Jaan_Tonisson_(Lasteleht), lk 118
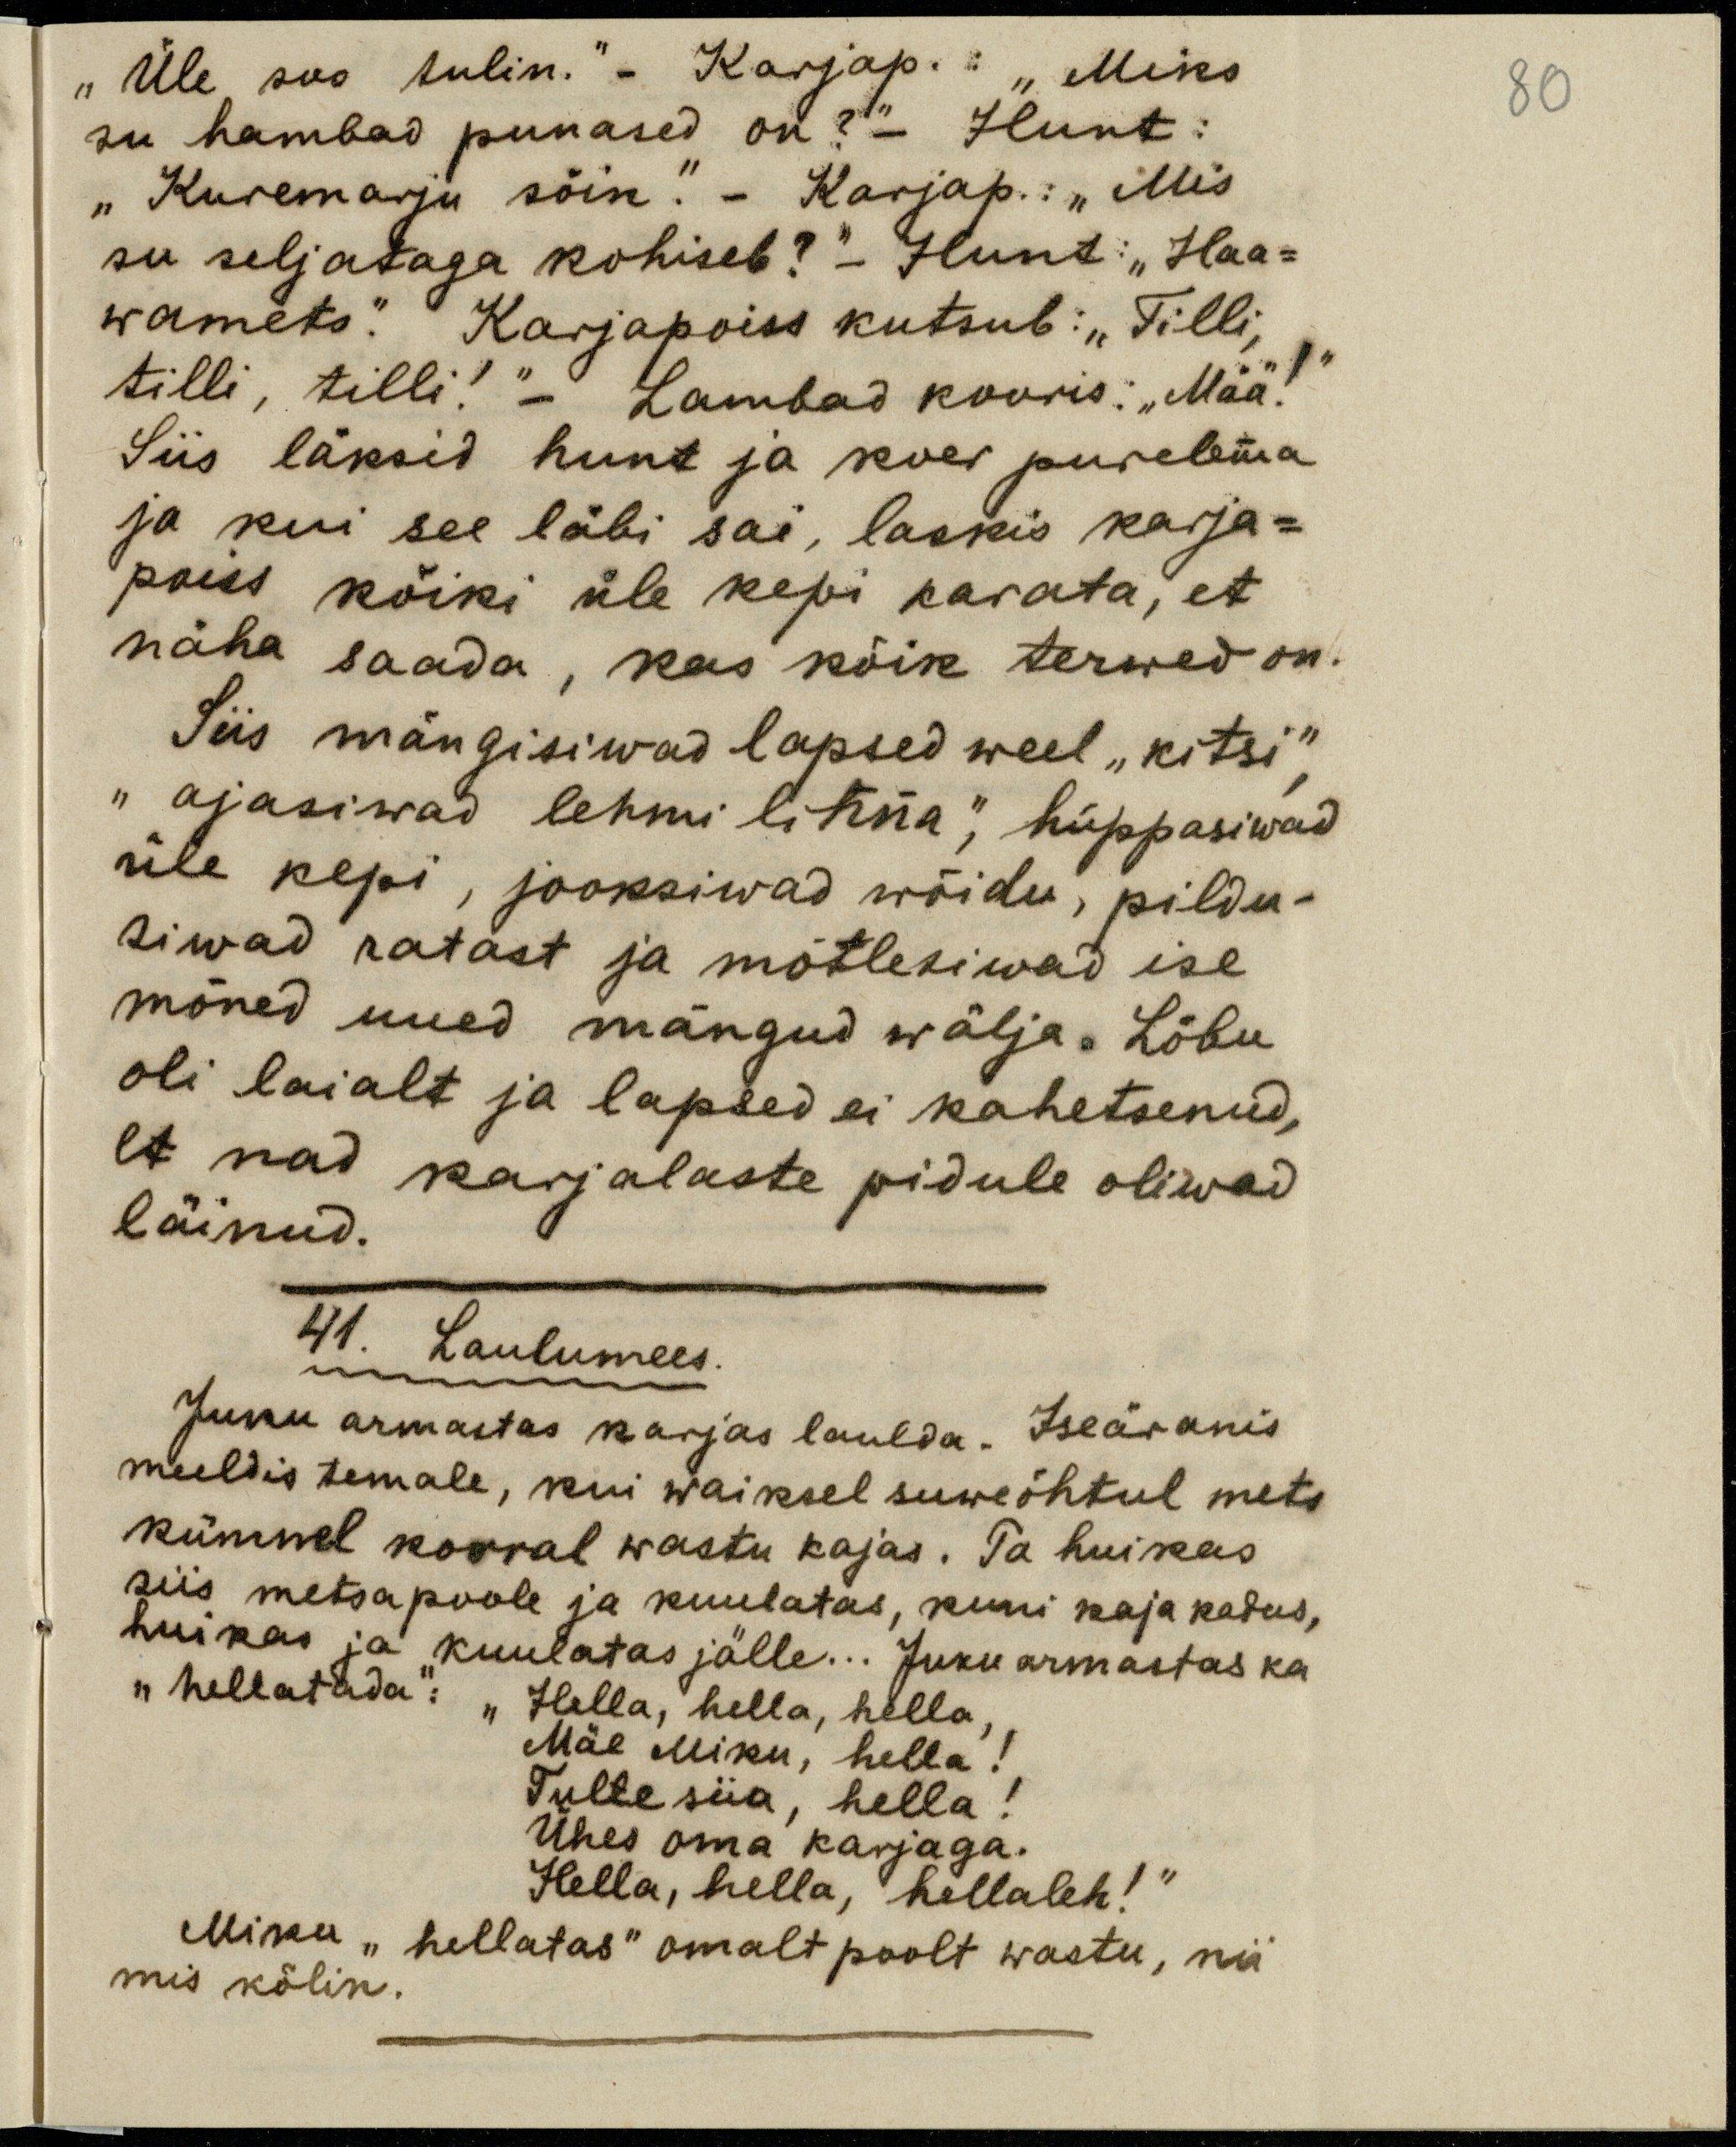
80
"Üle suo tulin." - Karjap. : "Miks
su hambad punased on?" - Hunt:
"Kuremarju sõin." - Karjap. : " Mis
su seljataga kohiseb?" - Hunt: "Haa-
wamets." Karjapoiss kutsub:" Tilli,
tilli, tilli! " - Lambad kooris: "Mää!"
Siis läksid hunt ja koer purelema
ja kui see läbi sai, laskis karja-
poiss kõiki üle kepi karata, et
näha saada, kas kõik terved on.
Siis mängisiwad lapsed weel "kitsi",
"ajasiwad lehmi linna", hüppasiwad
üle kepi, jooksiwad wõidu, pildu-
siwad ratast ja mõtlesiwad ise
mõned uued mängud wälja. Lõbu
oli laialt ja lapsed ei kahetsenud,
et nad karjalaste pidule oliwad
läinud.
41. Laulumees.
Juku armastas karjas laulda. Iseäranis
meeldis temale, kui waiksel suweõhtul mets
kümnel korral wastu kajas. Ta huikas
siis metsa poole ja kuulatas, kuni kaja kadus,
huikas ja kuulatas jälle... Juku armastas ka
"hellatada": "Hella, hella, hella,
Mäe Miku, hella!
Tulte siia, hella!
Ühes oma karjaga.
Hella, hella hellaleh!"
Miku "hellatas" omalt poolt wastu, nii
mis kõlin.